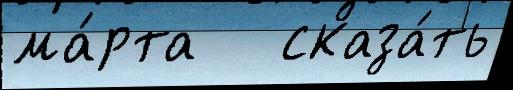
ма́рта   сказа́ть